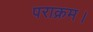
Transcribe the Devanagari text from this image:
पराक्रम।